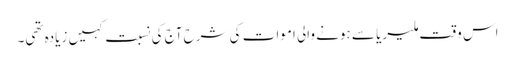
اس وقت ملیریا سے ہونے والی اموات کی شرح آج کی نسبت کہیں زیادہ تھی۔